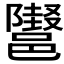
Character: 𲆞